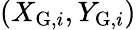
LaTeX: (X_{\mathrm{G},i},Y_{\mathrm{G},i})